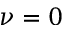
\nu = 0